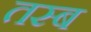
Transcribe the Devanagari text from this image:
तस्ब